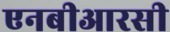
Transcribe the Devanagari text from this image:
एनबीआरसी